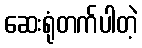
ဆေးရုံတက်ပါတဲ့